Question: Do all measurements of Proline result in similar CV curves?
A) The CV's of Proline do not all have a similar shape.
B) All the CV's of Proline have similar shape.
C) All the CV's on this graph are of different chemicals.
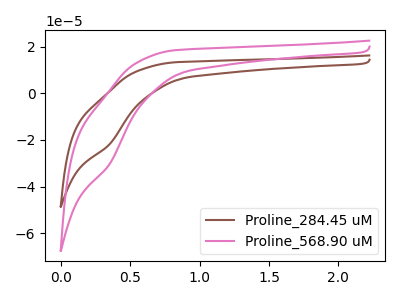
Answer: <think>The brown curve "Proline_284.45 uM" has a cathodic peak at: (0.35V, -21.75uA). The pink curve "Proline_568.90 uM" has a cathodic peak at: (0.35V, -30.25uA).
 All the peaks in "Proline_284.45 uM" have a peak in "Proline_568.90 uM" at the same potential. Every peak in "Proline_284.45 uM" is lower than every peak in "Proline_568.90 uM".</think>
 <answer>B) All the CV's of "Proline" have similar shape.</answer>
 <eval>B</eval>